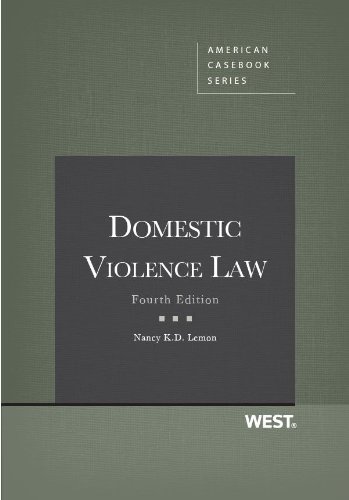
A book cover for Domestic Violence Law, 4th Edition (American Casebook Series); Nancy Lemon; Law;